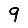
Digit: 9